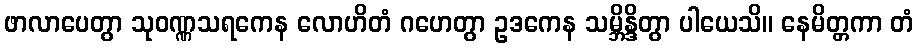
ဖာလာပေတွာ သုဝဏ္ဏသရကေန လောဟိတံ ဂဟေတွာ ဥဒကေန သမ္ဘိန္ဒိတွာ ပါယေသိ။ နေမိတ္တကာ တံ